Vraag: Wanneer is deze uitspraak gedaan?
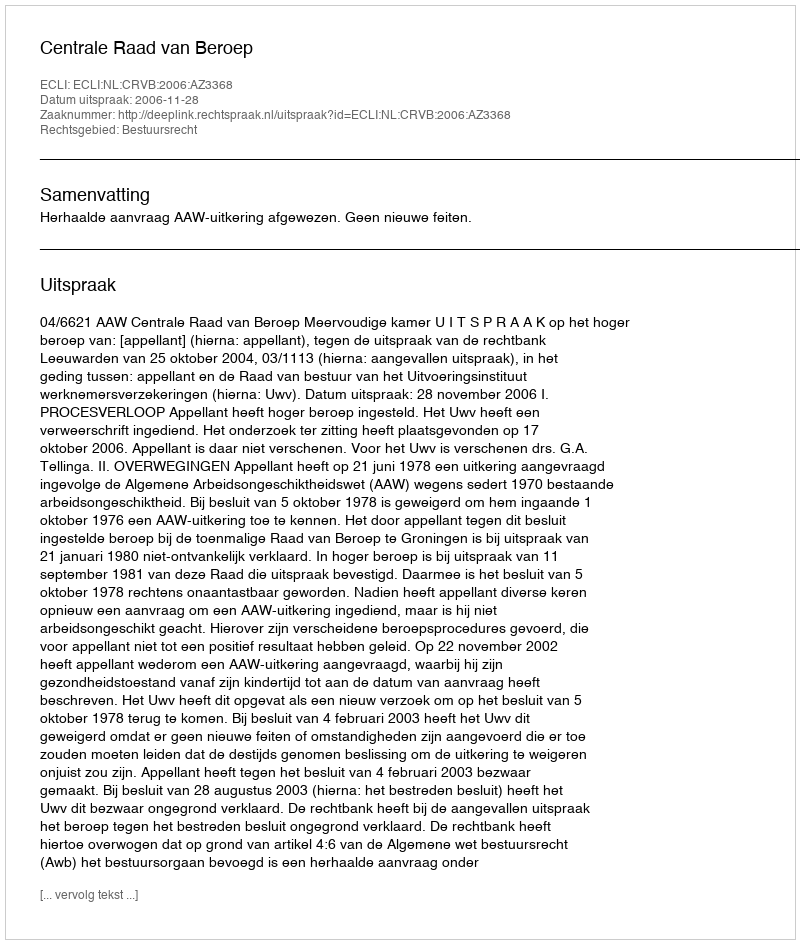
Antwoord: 2006-11-28